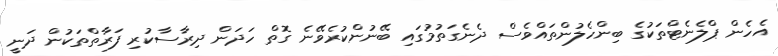
އެހެން ޕްލެނެޓްތަކުގެ ބިންހެލުންތައްވެސް ދެނެގަތުމުގައި ބޭނުންކުރެވޭނެ ގޮތް ހަދަން ދިރާސާކުރި ފަރާތްތަކުން ދަނީ